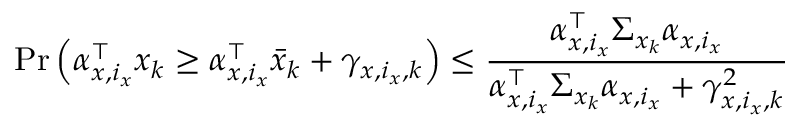
\operatorname* { P r } \left( \alpha _ { x , i _ { x } } ^ { \top } x _ { k } \geq \alpha _ { x , i _ { x } } ^ { \top } \bar { x } _ { k } + \gamma _ { x , i _ { x } , k } \right) \leq \frac { \alpha _ { x , i _ { x } } ^ { \top } \Sigma _ { x _ { k } } \alpha _ { x , i _ { x } } } { \alpha _ { x , i _ { x } } ^ { \top } \Sigma _ { x _ { k } } \alpha _ { x , i _ { x } } + \gamma _ { x , i _ { x } , k } ^ { 2 } }